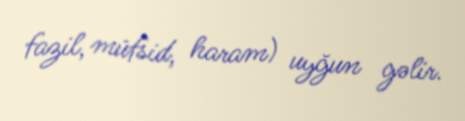
fazil, müfsid, haram) uyğun gəlir.